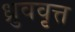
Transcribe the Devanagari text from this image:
ध्रुववृत्त